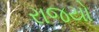
રાજયો